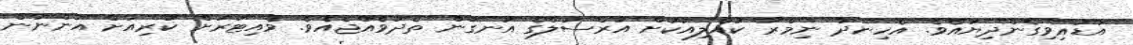
އަޑުއިވިގެންދިޔައެވެ. އެހިނދު ނިމްރާ ކުއްލިއަކަށް އަރްސަލްގެ އުނގުން ތެދުވެއްޖެއެވެ. ވެއިޓަރަށް ކުރިއަށް އަންނަން